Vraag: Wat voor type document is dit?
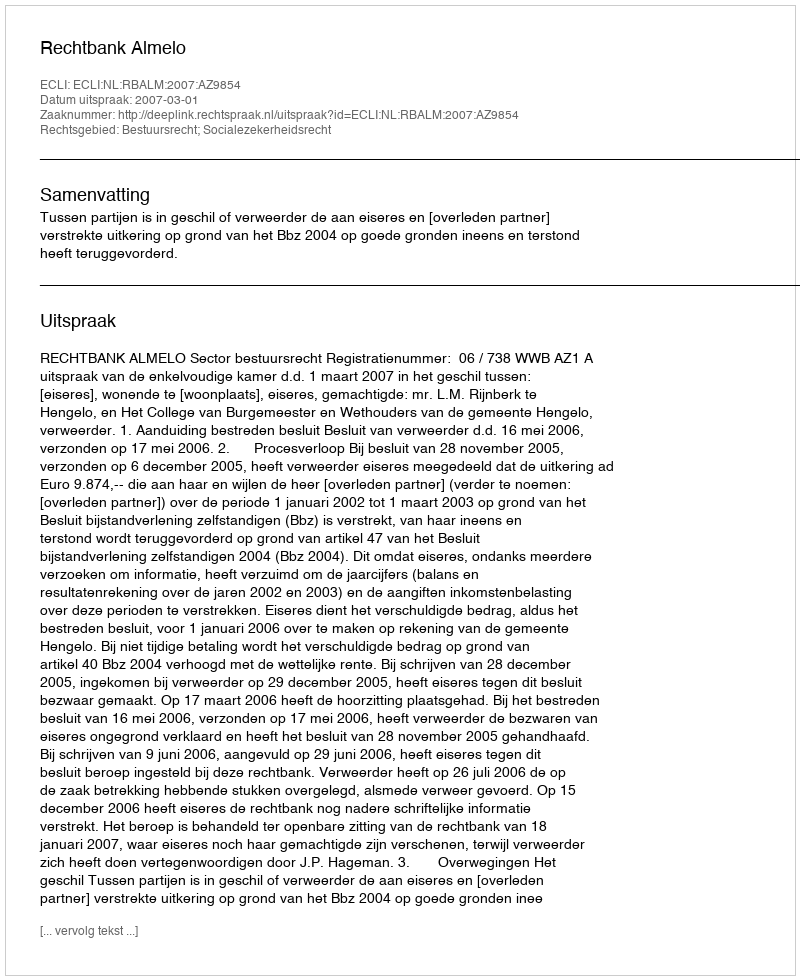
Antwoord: Uitspraak